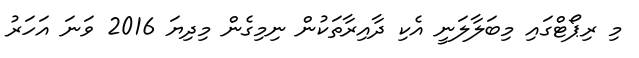
މި ރިޕޯޓްގައި މިބަލާލަނީ އެކި ދާއިރާތަކުން ނިމިގެން މިދިޔަ 2016 ވަނަ އަހަރު